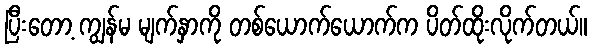
ပြီးတော့ ကျွန်မ မျက်နှာကို တစ်ယောက်ယောက်က ပိတ်ထိုးလိုက်တယ်။